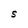
Character: S